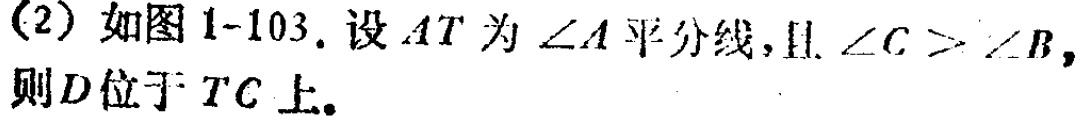
(2) 如图 1-103. 设 \(AT\) 为 \(\angle A\) 平分线, 且 \(\angle C > \angle B\), 则 \(D\) 位于 \(TC\) 上。